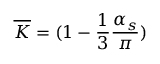
\overline { { { K } } } = ( 1 - \frac { 1 } { 3 } \frac { \alpha _ { s } } { \pi } )